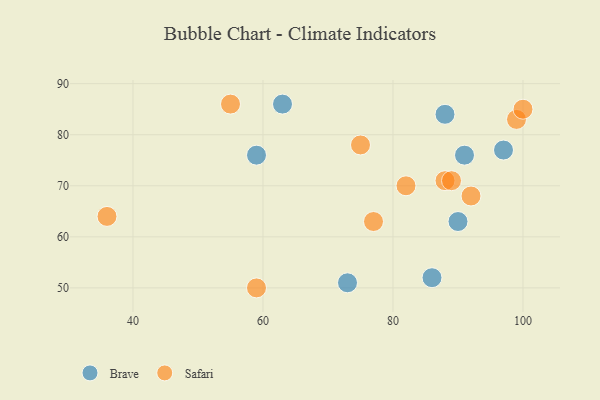
{"axis": {"x": "GDP", "y": "Life Expectancy"}, "legend": ["Brave", "Safari"], "data": [{"x": "90", "y": 63, "type": "Brave"}, {"x": "97", "y": 77, "type": "Brave"}, {"x": "63", "y": 86, "type": "Brave"}, {"x": "73", "y": 51, "type": "Brave"}, {"x": "88", "y": 84, "type": "Brave"}, {"x": "86", "y": 52, "type": "Brave"}, {"x": "91", "y": 76, "type": "Brave"}, {"x": "59", "y": 76, "type": "Brave"}, {"x": "88", "y": 71, "type": "Safari"}, {"x": "82", "y": 70, "type": "Safari"}, {"x": "75", "y": 78, "type": "Safari"}, {"x": "92", "y": 68, "type": "Safari"}, {"x": "36", "y": 64, "type": "Safari"}, {"x": "59", "y": 50, "type": "Safari"}, {"x": "89", "y": 71, "type": "Safari"}, {"x": "99", "y": 83, "type": "Safari"}, {"x": "77", "y": 63, "type": "Safari"}, {"x": "100", "y": 85, "type": "Safari"}, {"x": "55", "y": 86, "type": "Safari"}]}